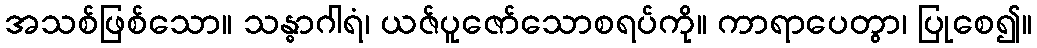
အသစ်ဖြစ်သော။ သန္ဓာဂါရံ၊ ယဇ်ပူဇော်သောစရပ်ကို။ ကာရာပေတွာ၊ ပြုစေ၍။